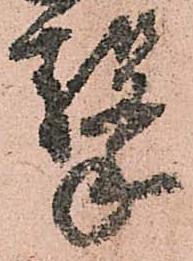
撃